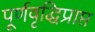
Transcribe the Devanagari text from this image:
पूर्णवृद्धिप्राप्त